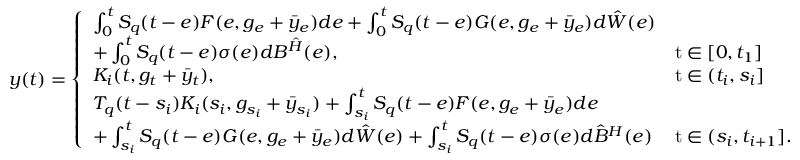
y ( t ) = \left\{ \begin{array} { l l } { \int _ { 0 } ^ { t } { \cal S } _ { q } ( t - e ) { \cal F } ( e , g _ { e } + \bar { y } _ { e } ) d e + \int _ { 0 } ^ { t } { \cal S } _ { q } ( t - e ) { \cal G } ( e , g _ { e } + \bar { y } _ { e } ) d \hat { \cal W } ( e ) } \\ { + \int _ { 0 } ^ { t } { \cal S } _ { q } ( t - e ) \sigma ( e ) d { \cal B } ^ { \hat { \cal H } } ( e ) , } & { \mathrm t \in [ 0 , t _ { 1 } ] } \\ { { \cal K } _ { i } ( t , g _ { t } + \bar { y } _ { t } ) , } & { \mathrm t \in ( t _ { i } , s _ { i } ] } \\ { { \cal T } _ { q } ( t - s _ { i } ) { \cal K } _ { i } ( s _ { i } , g _ { s _ { i } } + \bar { y } _ { s _ { i } } ) + \int _ { s _ { i } } ^ { t } { \cal S } _ { q } ( t - e ) { \cal F } ( e , g _ { e } + \bar { y } _ { e } ) d e } \\ { + \int _ { s _ { i } } ^ { t } { \cal S } _ { q } ( t - e ) { \cal G } ( e , g _ { e } + \bar { y } _ { e } ) d \hat { \cal W } ( e ) + \int _ { s _ { i } } ^ { t } { \cal S } _ { q } ( t - e ) \sigma ( e ) d \hat { \cal B } ^ { \cal H } ( e ) } & { \mathrm t \in ( s _ { i } , t _ { i + 1 } ] . } \end{array} \right.